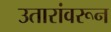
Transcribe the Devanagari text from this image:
उतारांवरून